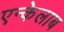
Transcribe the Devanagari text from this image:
एन्केलाब